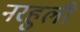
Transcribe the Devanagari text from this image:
नरहुली